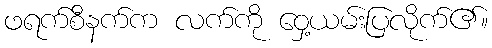
ဖရက်စီနက်က လက်ကို ဝှေ့ယမ်းပြလိုက်၏။